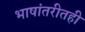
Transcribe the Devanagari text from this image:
भाषांतरीतही